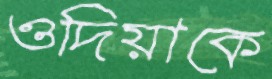
ওদিয়াকে